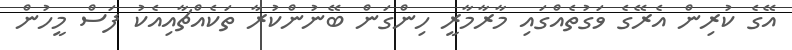
އޭގެ ކުރިން އެރޭގެ ވަގުތެއްގައި މާރާމާރީ ހިންގަން ބޭނުންކުރާ ތަކެއްޗާއިއެކު ފަސް މީހުން